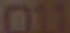
011